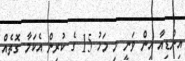
އިންޑިއާ އިން ވަނީ މި މަހު 15 ގެ ކުރިން އެކަމާ ގޮތެއް